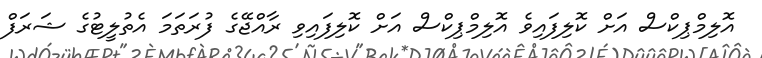
އޮލިމްޕިކްސް އަށް ކޮލިފައިވެ އޮލިމްޕިކްސް އަށް ކޮލިފައިވި ރާއްޖޭގެ ފުރަތަމަ އެތުލީޓުގެ ޝަރަފް